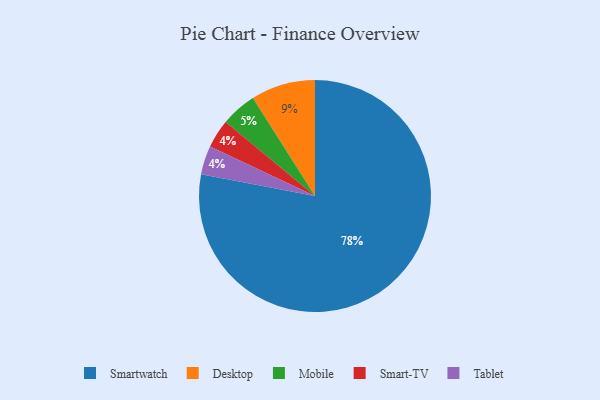
{"axis": {"x": "Category", "y": "Percentage"}, "legend": ["Desktop", "Mobile", "Smart-TV", "Smartwatch", "Tablet"], "data": [{"x": "Desktop", "y": 9, "type": "Desktop"}, {"x": "Smartwatch", "y": 78, "type": "Smartwatch"}, {"x": "Mobile", "y": 5, "type": "Mobile"}, {"x": "Smart-TV", "y": 4, "type": "Smart-TV"}, {"x": "Tablet", "y": 4, "type": "Tablet"}]}